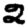
Digit: 2